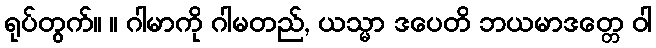
ရုပ်တွက်။ ။ ဂါမာကို ဂါမတည်, ယသ္မာ ဒပေတိ ဘယမာဒတ္တေ ဝါ